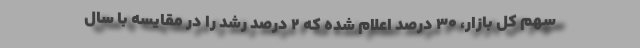
سهم کل بازار، 30 درصد اعلام شده که 2 درصد رشد را در مقایسه با سال